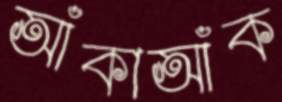
আঁকাআঁক